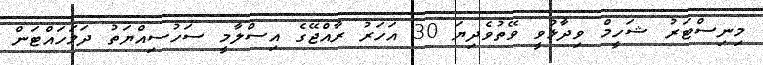
މިނިސްޓަރު ޝަހީމް ވިދާޅުވީ ވޭތުވެދިޔަ 30 އަހަރު ރާއްޖޭގެ އިސްލާމީ ސަހުސިއްޔަތު ދަމަހައްޓަން